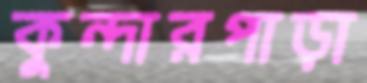
কুন্দারপাড়া